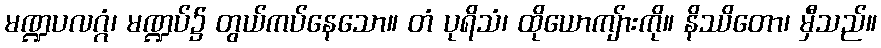
မဏ္ဍပလဂ္ဂံ၊ မဏ္ဍပ်၌ တွယ်ကပ်နေသော။ တံ ပုရိသံ၊ ထိုယောကျ်ားကို။ နိဿိတော၊ မှီသည်။